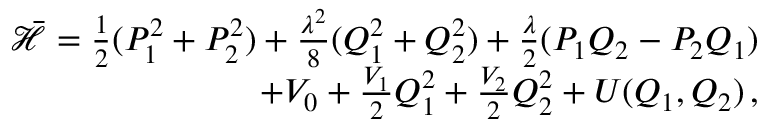
\begin{array} { r } { \bar { { \mathcal { H } } } = \frac { 1 } { 2 } ( P _ { 1 } ^ { 2 } + P _ { 2 } ^ { 2 } ) + \frac { \lambda ^ { 2 } } { 8 } ( Q _ { 1 } ^ { 2 } + Q _ { 2 } ^ { 2 } ) + \frac { \lambda } { 2 } ( P _ { 1 } Q _ { 2 } - P _ { 2 } Q _ { 1 } ) } \\ { + V _ { 0 } + \frac { V _ { 1 } } { 2 } Q _ { 1 } ^ { 2 } + \frac { V _ { 2 } } { 2 } Q _ { 2 } ^ { 2 } + U ( Q _ { 1 } , Q _ { 2 } ) \, , } \end{array}